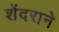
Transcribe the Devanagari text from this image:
शेंदराने